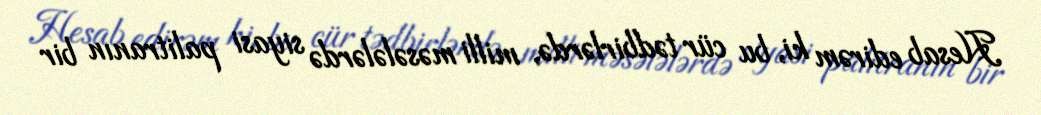
Hesab edirəm ki, bu cür tədbirlərdə, milli məsələlərdə siyasi palitranın bir